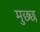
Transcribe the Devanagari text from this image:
मुछ्छ